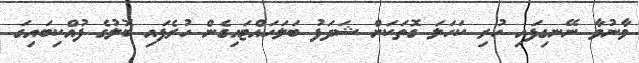
ވާނުވާ ނޭނގިފައި ހުރި ކަހަލަ ގޮތަކަށް ޝަދަފު ބަލަހައްޓައިގެން ހުރެފައި ބޮލުގެ ފުއްކިބައިގަ